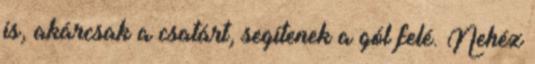
is, akárcsak a csatárt, segítenek a gól felé. Nehéz